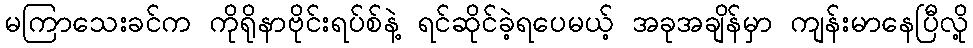
မကြာသေးခင်က ကိုရိုနာဗိုင်းရပ်စ်နဲ့ ရင်ဆိုင်ခဲ့ရပေမယ့် အခုအချိန်မှာ ကျန်းမာနေပြီလို့